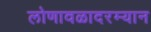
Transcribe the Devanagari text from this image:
लोणावळादरम्यान